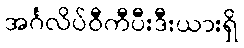
အင်္ဂလိပ်ဝီကီပီးဒီးယားရှိ